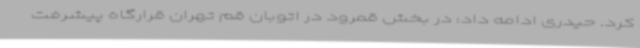
کرد. حیدری ادامه داد: در بخش قمرود در اتوبان قم تهران قرارگاه پیشرفت